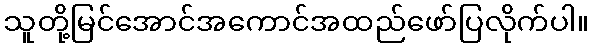
သူတို့မြင်အောင်အကောင်အထည်ဖော်ပြလိုက်ပါ။